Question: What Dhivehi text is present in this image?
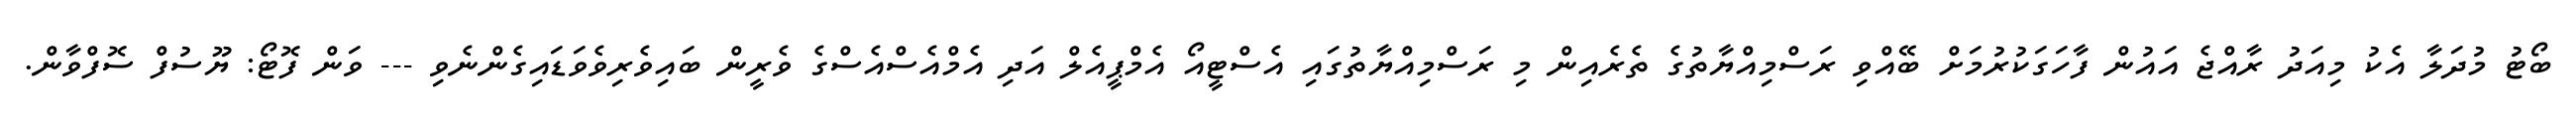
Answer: ބޯޓު މުދަލާ އެކު މިއަދު ރާއްޖެ އައުން ފާހަގަކުރުމަށް ބޭއްވި ރަސްމިއްޔާތުގެ ތެރެއިން މި ރަސްމިއްޔާތުގައި އެސްޓީއޯ އެމްޕީއެލް އަދި އެމްއެސްއެސްގެ ވެރީން ބައިވެރިވެވަޑައިގެންނެވި --- ވަން ފޮޓޯ: ޔޫސުފް ސޮފްވާން.